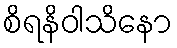
စိရနိဝါသိနော